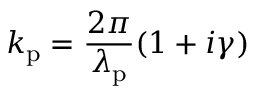
k _ { \mathrm { p } } = \frac { 2 \pi } { \lambda _ { \mathrm { p } } } ( 1 + i \gamma )